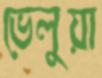
ভেলুয়া